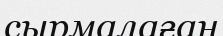
сырмалаған